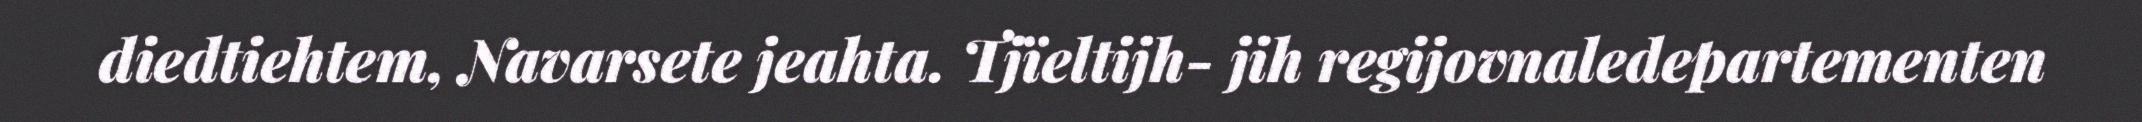
diedtiehtem, Navarsete jeahta. Tjïeltijh- jih regijovnaledepartementen